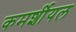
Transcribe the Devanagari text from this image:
कमर्शीयल